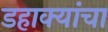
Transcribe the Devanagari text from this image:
डहाक्यांचा